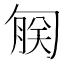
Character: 𫧄